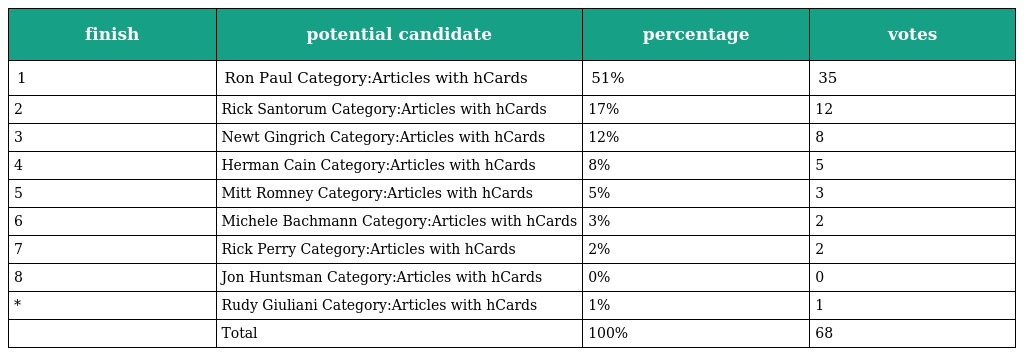
| finish | potential candidate | percentage | votes |
 | --- | --- | --- | --- |
 | 1 | Ron Paul Category:Articles with hCards | 51% | 35 |
 | 2 | Rick Santorum Category:Articles with hCards | 17% | 12 |
 | 3 | Newt Gingrich Category:Articles with hCards | 12% | 8 |
 | 4 | Herman Cain Category:Articles with hCards | 8% | 5 |
 | 5 | Mitt Romney Category:Articles with hCards | 5% | 3 |
 | 6 | Michele Bachmann Category:Articles with hCards | 3% | 2 |
 | 7 | Rick Perry Category:Articles with hCards | 2% | 2 |
 | 8 | Jon Huntsman Category:Articles with hCards | 0% | 0 |
 | * | Rudy Giuliani Category:Articles with hCards | 1% | 1 |
 |  | Total | 100% | 68 |